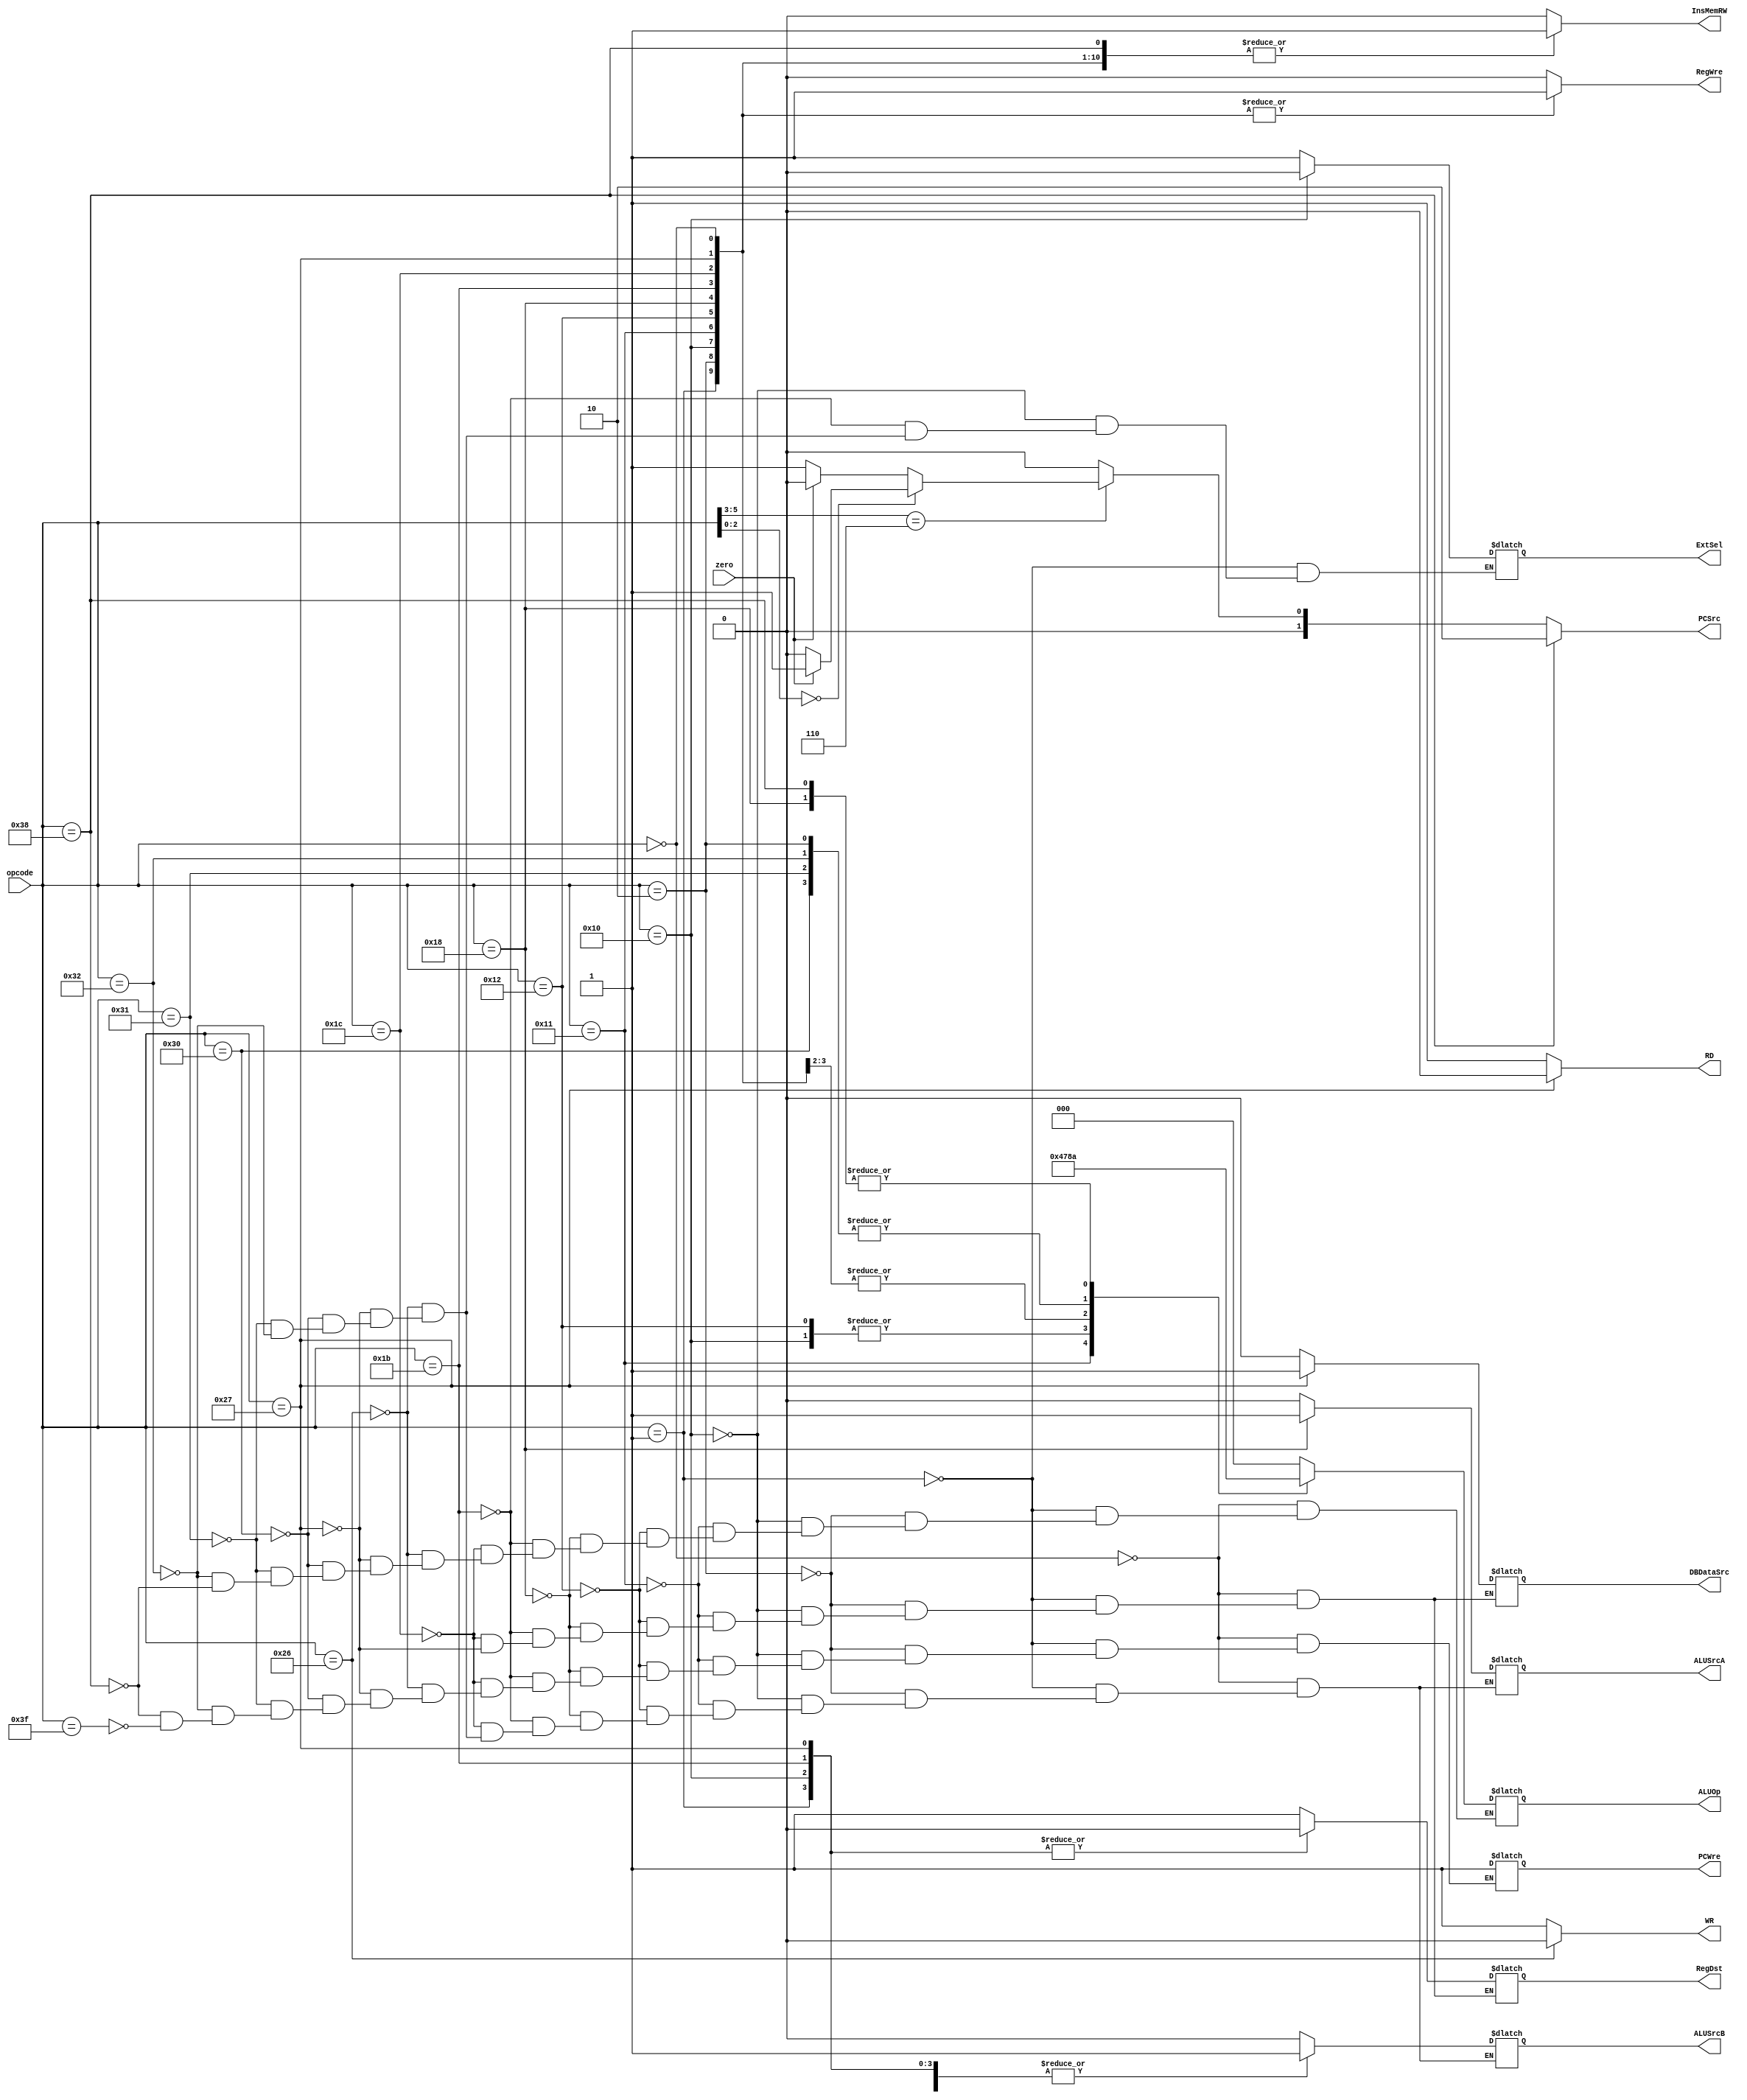
`timescale 1ns / 1ps

module controlUnit(  
    input [5:0] opcode,  
    input zero,
    output reg PCWre,  
    output reg ALUSrcA,  
    output reg ALUSrcB,  
    output reg DBDataSrc,  
    output reg RegWre,  
    output reg InsMemRW,  
    output reg RD,  
    output reg WR,  
    output reg RegDst,  
    output reg ExtSel,  
    output reg [1:0] PCSrc,  
    output reg [2:0] ALUOp 
);  
    initial begin  
        RD = 1;  
        WR = 1;  
        RegWre = 0;  
        InsMemRW = 0;  
    end  
    always@ (opcode) begin  
        case(opcode)   
            6'b000000:begin // add  
                PCWre = 1;  
                ALUSrcA = 0;  
                ALUSrcB = 0;  
                DBDataSrc = 0;  
                RegWre = 1;  
                InsMemRW = 1;  
                RD = 1;  
                WR = 1;  
                RegDst = 1;  
                ALUOp = 3'b000;  
            end  
            6'b000001:begin //addi  
                PCWre = 1;  
                ALUSrcA = 0;  
                ALUSrcB = 1;  
                DBDataSrc = 0;  
                RegWre = 1;  
                InsMemRW = 1;  
                RD = 1;  
                WR = 1;  
                RegDst = 0;  
                ExtSel = 1;  
                ALUOp = 3'b000;  
            end  
            6'b000010:begin //sub  
                PCWre = 1;  
                ALUSrcA = 0;  
                ALUSrcB = 0;  
                DBDataSrc = 0;  
                RegWre = 1;  
                InsMemRW = 1;  
                RD = 1;  
                WR = 1;  
                RegDst = 1;  
                ALUOp = 3'b001;  
            end  
            6'b010000:begin // ori  
                PCWre = 1;  
                ALUSrcA = 0;  
                ALUSrcB = 1;  
                DBDataSrc = 0;  
                RegWre = 1;  
                InsMemRW = 1;  
                RD = 1;  
                WR = 1;  
                RegDst = 0;  
                ExtSel = 0;  
                ALUOp = 3'b011;  
            end  
            6'b010001:begin //and  
                PCWre = 1;  
                ALUSrcA = 0;  
                ALUSrcB = 0;  
                DBDataSrc = 0;  
                RegWre = 1;  
                InsMemRW = 1;  
                RD = 1;  
                WR = 1;  
                RegDst = 1;  
                ALUOp = 3'b100;  
            end  
            6'b010010:begin // or  
                PCWre = 1;  
                ALUSrcA = 0;  
                ALUSrcB = 0;  
                DBDataSrc = 0;  
                RegWre = 1;  
                InsMemRW = 1;  
                RD = 1;  
                WR = 1;  
                RegDst = 1;  
                ALUOp = 3'b011;  
            end  
            6'b011000:begin //sll  
                PCWre = 1;  
                ALUSrcA = 1;  
                ALUSrcB = 0;  
                DBDataSrc = 0;  
                RegWre = 1;  
                InsMemRW = 1;  
                RD = 1;  
                WR = 1;  
                RegDst = 1;  
                ALUOp = 3'b010;  
            end  
            6'b011011:begin //slti  
                PCWre = 1;  
                ALUSrcA = 0;  
                ALUSrcB = 1;  
                DBDataSrc = 0;  
                RegWre = 1;  
                InsMemRW = 1;  
                RD = 1;  
                WR = 1;  
                RegDst = 0;  
                ExtSel = 1;
                ALUOp = 3'b110;  
            end  
            6'b011100:begin //slt  
                PCWre = 1;  
                ALUSrcA = 0;  
                ALUSrcB = 0;  
                DBDataSrc = 0;  
                RegWre = 1;  
                InsMemRW = 1;  
                RD = 1;  
                WR = 1;  
                RegDst = 1;  
                ALUOp = 3'b110;  
            end  
            6'b100110:begin //sw  
                PCWre = 1;  
                ALUSrcA = 0;  
                ALUSrcB = 1;  
                RegWre = 0;  
                InsMemRW = 1;  
                RD = 1;  
                WR = 0;  
                ExtSel =1;  
                ALUOp = 3'b000;  
            end  
            6'b100111:begin //lw  
                PCWre = 1;  
                ALUSrcA = 0;  
                ALUSrcB = 1;  
                DBDataSrc = 1;  
                RegWre = 1;  
                InsMemRW = 1;  
                RD = 0;  
                WR = 1;  
                RegDst = 0;  
                ExtSel = 1;  
                ALUOp = 3'b000;  
            end  
            6'b110000:begin //beq  
                PCWre = 1;  
                ALUSrcA = 0;  
                ALUSrcB = 0;  
                RegWre = 0;  
                InsMemRW = 1;  
                RD = 1;  
                WR = 1;  
                ExtSel = 1;  
                ALUOp = 3'b001;  
            end  
            6'b110001:begin //bne  
                PCWre = 1;  
                ALUSrcA = 0;  
                ALUSrcB = 0;  
                RegWre = 0;  
                InsMemRW = 1;  
                RD = 1;  
                WR = 1;  
                ExtSel = 1;  
                ALUOp = 3'b001;
            end  
            6'b110010:begin  
                PCWre = 1;  
                ALUSrcA = 0;  
                ALUSrcB = 0;  
                RegWre = 0;  
                InsMemRW = 1;  
                RD = 1;  
                WR = 1;  
                ExtSel = 1;  
                ALUOp = 3'b001;  
            end  
            6'b111000:begin //j  
                PCWre = 1;  
                RegWre = 0;  
                InsMemRW = 1;  
                RD = 1;  
                WR = 1;  
                ALUOp = 3'b010;  
            end  
            6'b111111:begin //halt  
                PCWre = 1;  
                RegWre = 0;  
                InsMemRW = 1;  
                RD = 1;  
                WR = 1;  
            end  
            default:begin  
                RD = 1;  
                WR = 1;  
                RegWre = 0;  
                InsMemRW = 0;  
            end  
        endcase  
    end  
    always@(opcode or zero) begin  
        if(opcode == 6'b111000) // j  
            PCSrc = 2'b10;  
        else if(opcode[5:3] == 3'b110) begin  
            if(opcode[2:0] == 3'b000) begin  
                if(zero == 1)  
                    PCSrc = 2'b01;  
                else  
                    PCSrc = 2'b00;  
            end  
            else if(opcode[2:0] == 3'b001) begin  
                if(zero == 0)  
                    PCSrc = 2'b01;  
                else  
                    PCSrc = 2'b00;  
            end  
            else begin  
                if(zero == 0)  
                    PCSrc = 2'b01;  
                else  
                    PCSrc = 2'b00;  
            end  
        end  
        else begin  
            PCSrc = 2'b00;  
        end  
    end  
endmodule